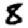
Digit: 8